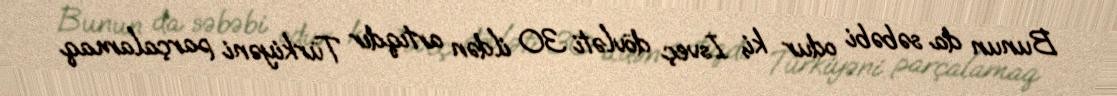
Bunun da səbəbi odur ki, İsveç dövləti 30 ildən artıqdır Türkiyəni parçalamaq